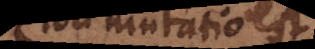
loci mutatio est